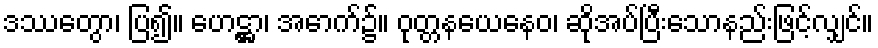
ဒဿေတွာ၊ ပြ၍။ ဟေဋ္ဌာ၊ အောက်၌။ ဝုတ္တနယေနေဝ၊ ဆိုအပ်ပြီးသောနည်းဖြင့်လျှင်။